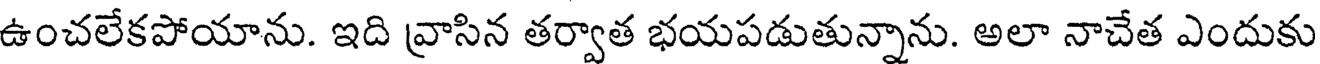
ఉంచలేకపోయాను. ఇది వ్రాసిన తర్వాత భయపడుతున్నాను. అలా నాచేత ఎందుకు